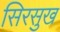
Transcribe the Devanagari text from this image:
सिरसुख